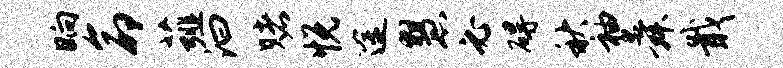
晌命薤汩赌悦途慧必碍秋袖舜戢